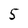
Character: 5